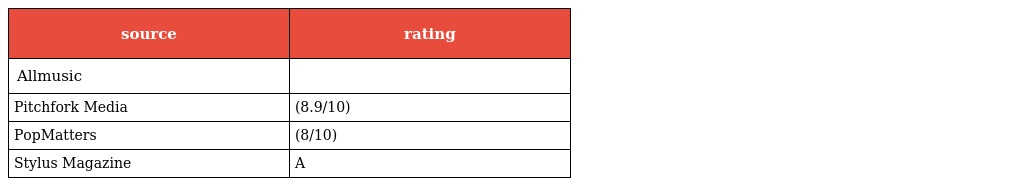
| source | rating |
 | --- | --- |
 | Allmusic |  |
 | Pitchfork Media | (8.9/10) |
 | PopMatters | (8/10) |
 | Stylus Magazine | A |